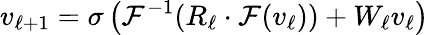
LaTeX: v_{\ell+1}=\sigma\left(\mathcal{F}^{-1}(R_{\ell}\cdot\mathcal{F}(v_{\ell}))+W_{\ell}v_{\ell}\right)